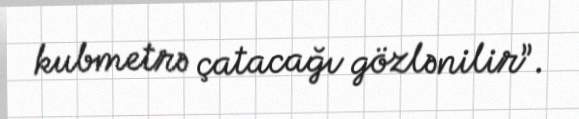
kubmetrə çatacağı gözlənilir”.